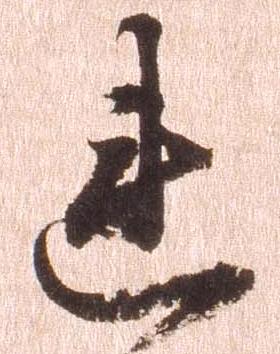
連